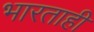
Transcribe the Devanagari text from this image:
भारताही